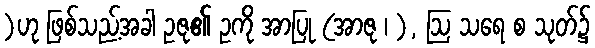
)ဟု ဖြစ်သည့်အခါ ဥဇု၏ ဥကို အာပြု (အာဇု ၊ ), ဩ သရေ စ သုတ်၌